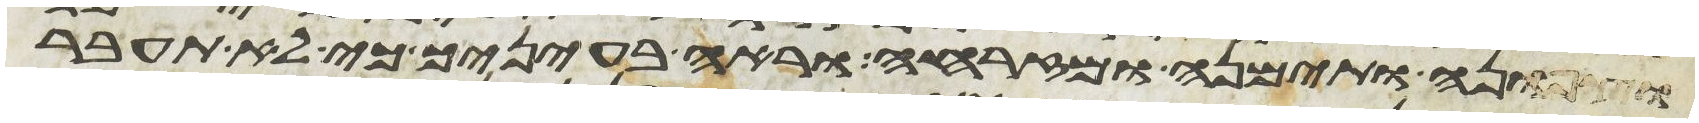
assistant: וצפונה ותימנה ומזרחה וראה בעיניך כי לא תעבר